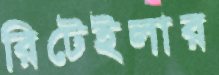
রিটেইলার